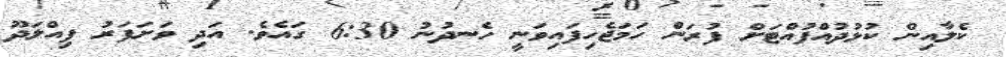
ކެލާއިން ކުޅުދުއްފުއްޓަށް ފުރަން ހަމަޖެހިފައިވަނީ ހެނދުނު 6:30 ގައެވެ. އަދި ވަށަފަރު ފިއްލަދޫ